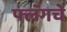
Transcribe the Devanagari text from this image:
फ्लॅगचे